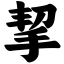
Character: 挈